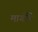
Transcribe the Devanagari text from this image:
मार्गोने